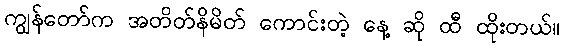
ကျွန်တော်က အတိတ်နိမိတ် ကောင်းတဲ့ နေ့ ဆို ထီ ထိုးတယ်။